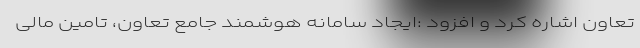
تعاون اشاره کرد و افزود :ایجاد سامانه هوشمند جامع تعاون، تامین مالی